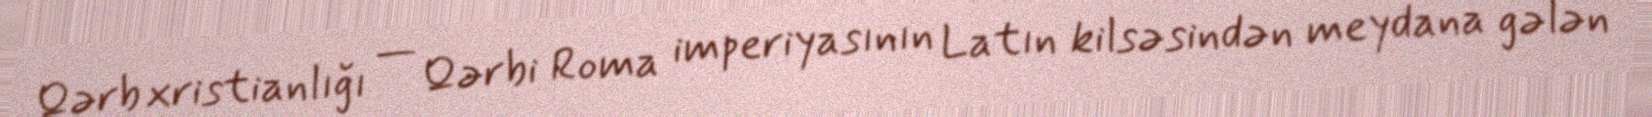
Qərb xristianlığı — Qərbi Roma imperiyasının Latın kilsəsindən meydana gələn